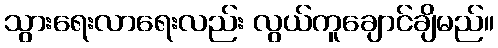
သွားရေးလာရေးလည်း လွယ်ကူချောင်ချိမည်။